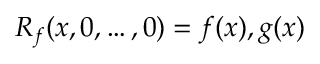
\begin{array} { r } { R _ { f } ( x , 0 , \ldots , 0 ) = f ( x ) , g ( x ) } \end{array}